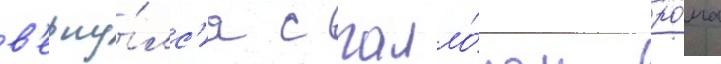
в'ерну́лс'я с галло́ном ро́ма